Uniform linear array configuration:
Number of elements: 4
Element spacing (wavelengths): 1
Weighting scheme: blackman
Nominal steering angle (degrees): -60
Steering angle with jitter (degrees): -58.402
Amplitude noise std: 0.05
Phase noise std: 0.05

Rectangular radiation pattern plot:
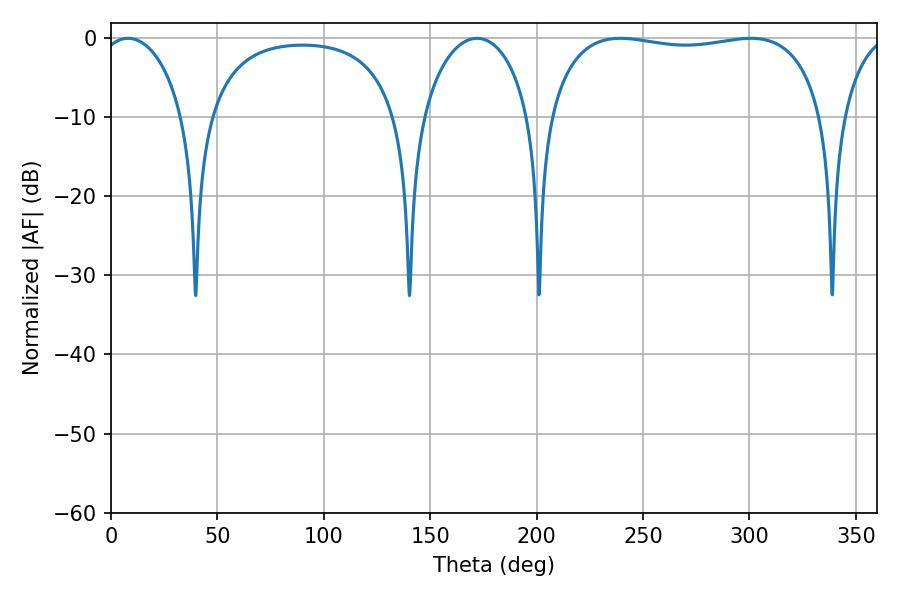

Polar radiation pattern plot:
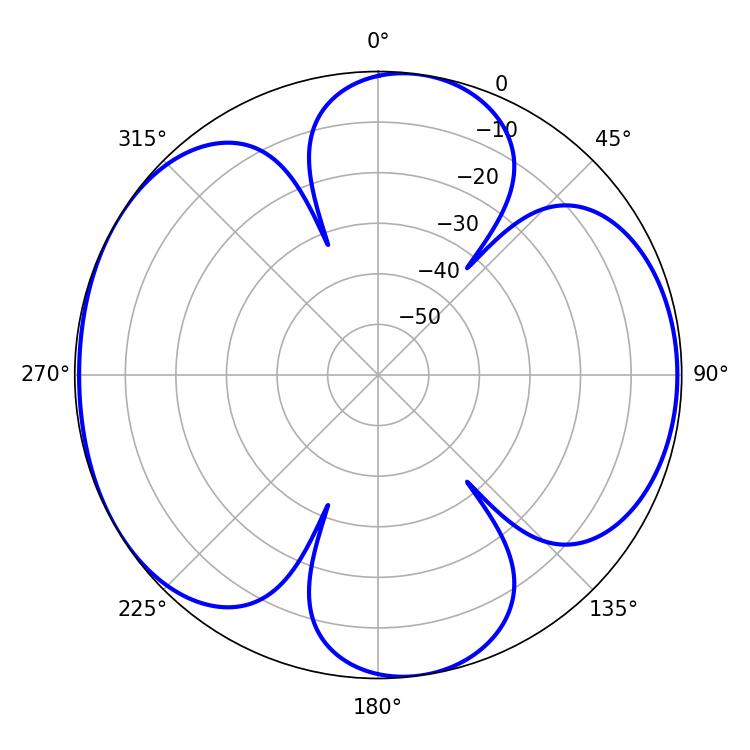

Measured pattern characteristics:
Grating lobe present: TRUE
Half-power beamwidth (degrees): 104.76
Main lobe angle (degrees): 300.6